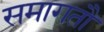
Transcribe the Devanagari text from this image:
समागतौ